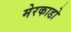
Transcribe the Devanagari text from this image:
मेरकाडो